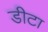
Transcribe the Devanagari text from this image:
डीटा